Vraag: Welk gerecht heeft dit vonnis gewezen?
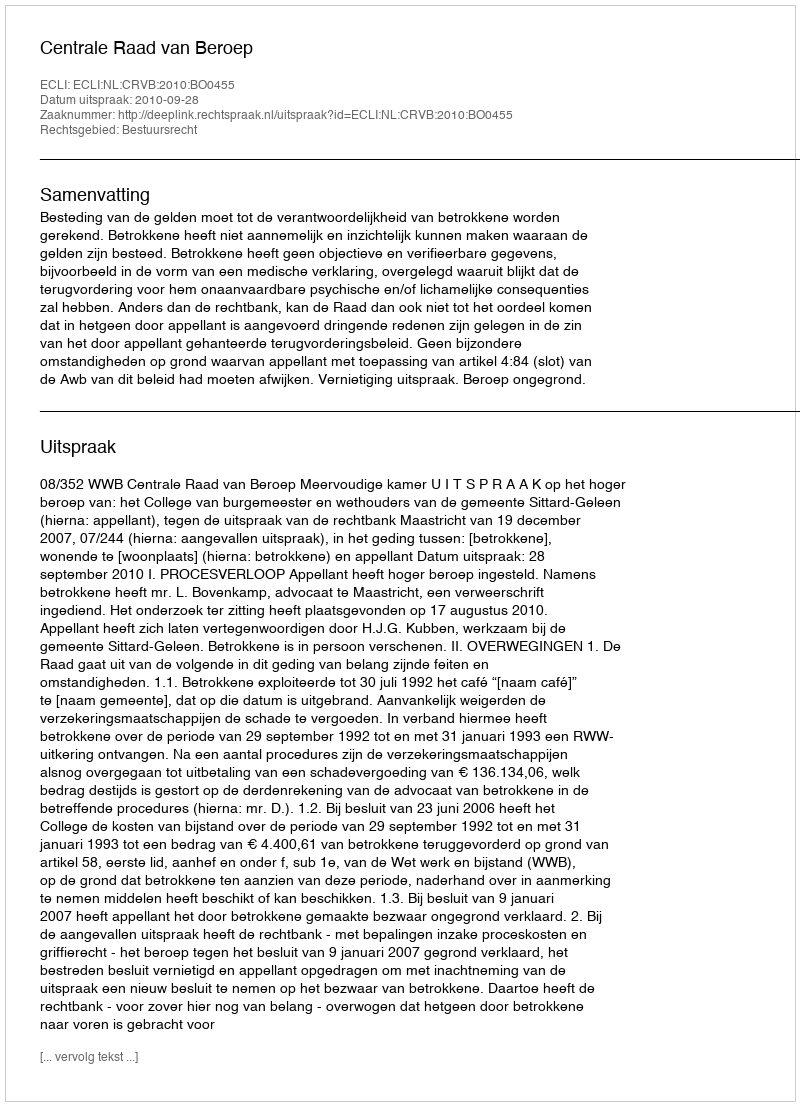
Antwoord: Centrale Raad van Beroep